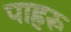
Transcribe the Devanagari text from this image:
पाहरू